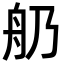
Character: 𦨋